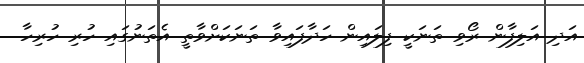
އަދި އަލިފާން ރޯވި ތަނަކީ ފިލައިން ހަދާފައިވާ ތަނަކަށްވާތީ އެތަނުގައި ހުރި ހުރިހާ